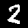
Label: 2